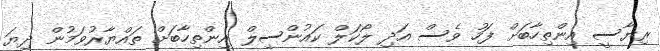
ރިޔާސީ އިންތިހާބަށް ފަހު ވެސް އަދި ލޯކަލް ކައުންސިލް އިންތިހާބަށް ތައްޔާރުވަމުން ދިޔަ